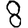
Digit: 8